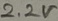
Text: 2.2V